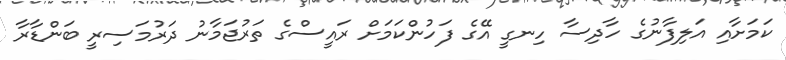
ކަމަށާއި އަލިފާނުގެ ހާދިސާ ހިނގީ އޭގެ ފަހުންކަމަށް ރައީސްގެ ތަރުޖަމާނު ދަރުމަސިރީ ބަންޑާރާ